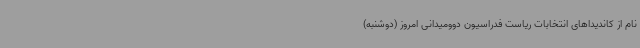
نام از کاندیداهای انتخابات ریاست فدراسیون دوومیدانی امروز (دوشنبه)